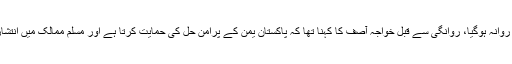
وزیرِاعظم کی ہدایت پر پاکستان کا اعلی سطح وفد وزیرِدفاع خواجہ آصف کی قیادت میں سعودی عرب روانہ ہوگیا، روانگی سے قبل خواجہ آصف کا کہنا تھا کہ پاکستان یمن کے پُرامن حل کی حمایت کرتا ہے اور مسلم ممالک میں انتشار کے خاتمے کا خواہاں ہے، اگر سعودی عرب کی سالمیت کوخطرہ ہوا تو تمام وسائل فراہم کریں گے۔